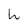
Character: h